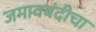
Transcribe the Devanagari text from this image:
जमावबंदीचा